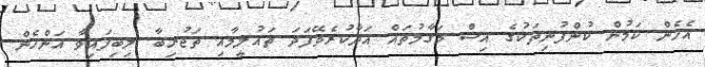
އެހެން ކަމުން ކުންފުނިތަކުގެ އިސް މަގާމުތައް އަދާކުރެވޭފަދަ ތައުލީމާއި ތަޖުރިބާ ލިބިފައިވާ އަންހެން